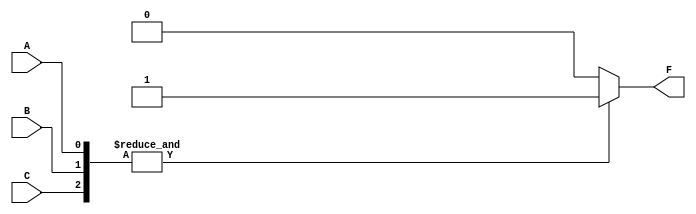
module AND_GATE(A, B, C, F);
    input A, B, C;
    output F;

    reg F;

    always @(A or B or C)
        if (&{A, B, C})
            F = 1'b1;
        else
            F = 1'b0;
endmodule